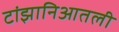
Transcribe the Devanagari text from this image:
टांझानिआतली